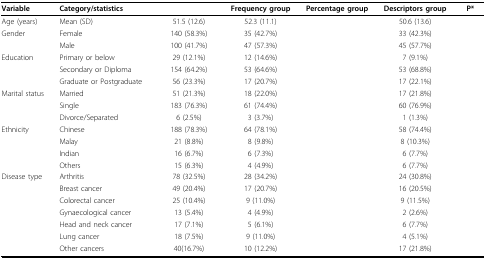
<table><thead><tr><td><b>Variable</b></td><td><b>Category/statistics</b></td><td>[EMPTY_CELL]</td><td><b>Frequency group</b></td><td><b>Percentage group</b></td><td><b>Descriptors group</b></td><td><b>P*</b></td></tr></thead><tbody><tr><td>Age (years)</td><td>Mean (SD)</td><td>51.5 (12.6)</td><td>52.3 (11.1)</td><td>[EMPTY_CELL]</td><td>50.6 (13.6)</td><td>[EMPTY_CELL]</td></tr><tr><td>Gender</td><td>Female</td><td>140 (58.3%)</td><td>35 (42.7%)</td><td>[EMPTY_CELL]</td><td>33 (42.3%)</td><td>[EMPTY_CELL]</td></tr><tr><td>[EMPTY_CELL]</td><td>Male</td><td>100 (41.7%)</td><td>47 (57.3%)</td><td>[EMPTY_CELL]</td><td>45 (57.7%)</td><td>[EMPTY_CELL]</td></tr><tr><td>Education</td><td>Primary or below</td><td>29 (12.1%)</td><td>12 (14.6%)</td><td>[EMPTY_CELL]</td><td>7 (9.1%)</td><td>[EMPTY_CELL]</td></tr><tr><td>[EMPTY_CELL]</td><td>Secondary or Diploma</td><td>154 (64.2%)</td><td>53 (64.6%)</td><td>[EMPTY_CELL]</td><td>53 (68.8%)</td><td>[EMPTY_CELL]</td></tr><tr><td>[EMPTY_CELL]</td><td>Graduate or Postgraduate</td><td>56 (23.3%)</td><td>17 (20.7%)</td><td>[EMPTY_CELL]</td><td>17 (22.1%)</td><td>[EMPTY_CELL]</td></tr><tr><td>Marital status</td><td>Married</td><td>51 (21.3%)</td><td>18 (22.0%)</td><td>[EMPTY_CELL]</td><td>17 (21.8%)</td><td>[EMPTY_CELL]</td></tr><tr><td>[EMPTY_CELL]</td><td>Single</td><td>183 (76.3%)</td><td>61 (74.4%)</td><td>[EMPTY_CELL]</td><td>60 (76.9%)</td><td>[EMPTY_CELL]</td></tr><tr><td>[EMPTY_CELL]</td><td>Divorce/Separated</td><td>6 (2.5%)</td><td>3 (3.7%)</td><td>[EMPTY_CELL]</td><td>1 (1.3%)</td><td>[EMPTY_CELL]</td></tr><tr><td>Ethnicity</td><td>Chinese</td><td>188 (78.3%)</td><td>64 (78.1%)</td><td>[EMPTY_CELL]</td><td>58 (74.4%)</td><td>[EMPTY_CELL]</td></tr><tr><td>[EMPTY_CELL]</td><td>Malay</td><td>21 (8.8%)</td><td>8 (9.8%)</td><td>[EMPTY_CELL]</td><td>8 (10.3%)</td><td>[EMPTY_CELL]</td></tr><tr><td>[EMPTY_CELL]</td><td>Indian</td><td>16 (6.7%)</td><td>6 (7.3%)</td><td>[EMPTY_CELL]</td><td>6 (7.7%)</td><td>[EMPTY_CELL]</td></tr><tr><td>[EMPTY_CELL]</td><td>Others</td><td>15 (6.3%)</td><td>4 (4.9%)</td><td>[EMPTY_CELL]</td><td>6 (7.7%)</td><td>[EMPTY_CELL]</td></tr><tr><td>Disease type</td><td>Arthritis</td><td>78 (32.5%)</td><td>28 (34.2%)</td><td>[EMPTY_CELL]</td><td>24 (30.8%)</td><td>[EMPTY_CELL]</td></tr><tr><td>[EMPTY_CELL]</td><td>Breast cancer</td><td>49 (20.4%)</td><td>17 (20.7%)</td><td>[EMPTY_CELL]</td><td>16 (20.5%)</td><td>[EMPTY_CELL]</td></tr><tr><td>[EMPTY_CELL]</td><td>Colorectal cancer</td><td>25 (10.4%)</td><td>9 (11.0%)</td><td>[EMPTY_CELL]</td><td>9 (11.5%)</td><td>[EMPTY_CELL]</td></tr><tr><td>[EMPTY_CELL]</td><td>Gynaecological cancer</td><td>13 (5.4%)</td><td>4 (4.9%)</td><td>[EMPTY_CELL]</td><td>2 (2.6%)</td><td>[EMPTY_CELL]</td></tr><tr><td>[EMPTY_CELL]</td><td>Head and neck cancer</td><td>17 (7.1%)</td><td>5 (6.1%)</td><td>[EMPTY_CELL]</td><td>6 (7.7%)</td><td>[EMPTY_CELL]</td></tr><tr><td>[EMPTY_CELL]</td><td>Lung cancer</td><td>18 (7.5%)</td><td>9 (11.0%)</td><td>[EMPTY_CELL]</td><td>4 (5.1%)</td><td>[EMPTY_CELL]</td></tr><tr><td>[EMPTY_CELL]</td><td>Other cancers</td><td>40(16.7%)</td><td>10 (12.2%)</td><td>[EMPTY_CELL]</td><td>17 (21.8%)</td><td>[EMPTY_CELL]</td></tr></tbody></table>